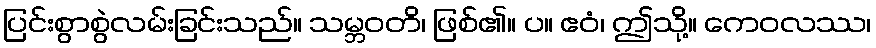
ပြင်းစွာစွဲလမ်းခြင်းသည်။ သမ္ဘဝတိ၊ ဖြစ်၏။ ပ။ ဧဝံ၊ ဤသို့။ ကေဝလဿ၊